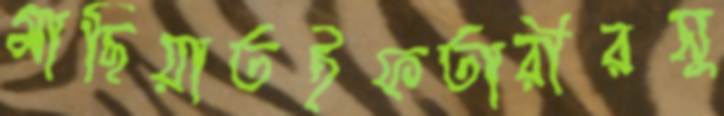
মাছিয়াতইফতারীরসু